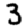
Digit: 3